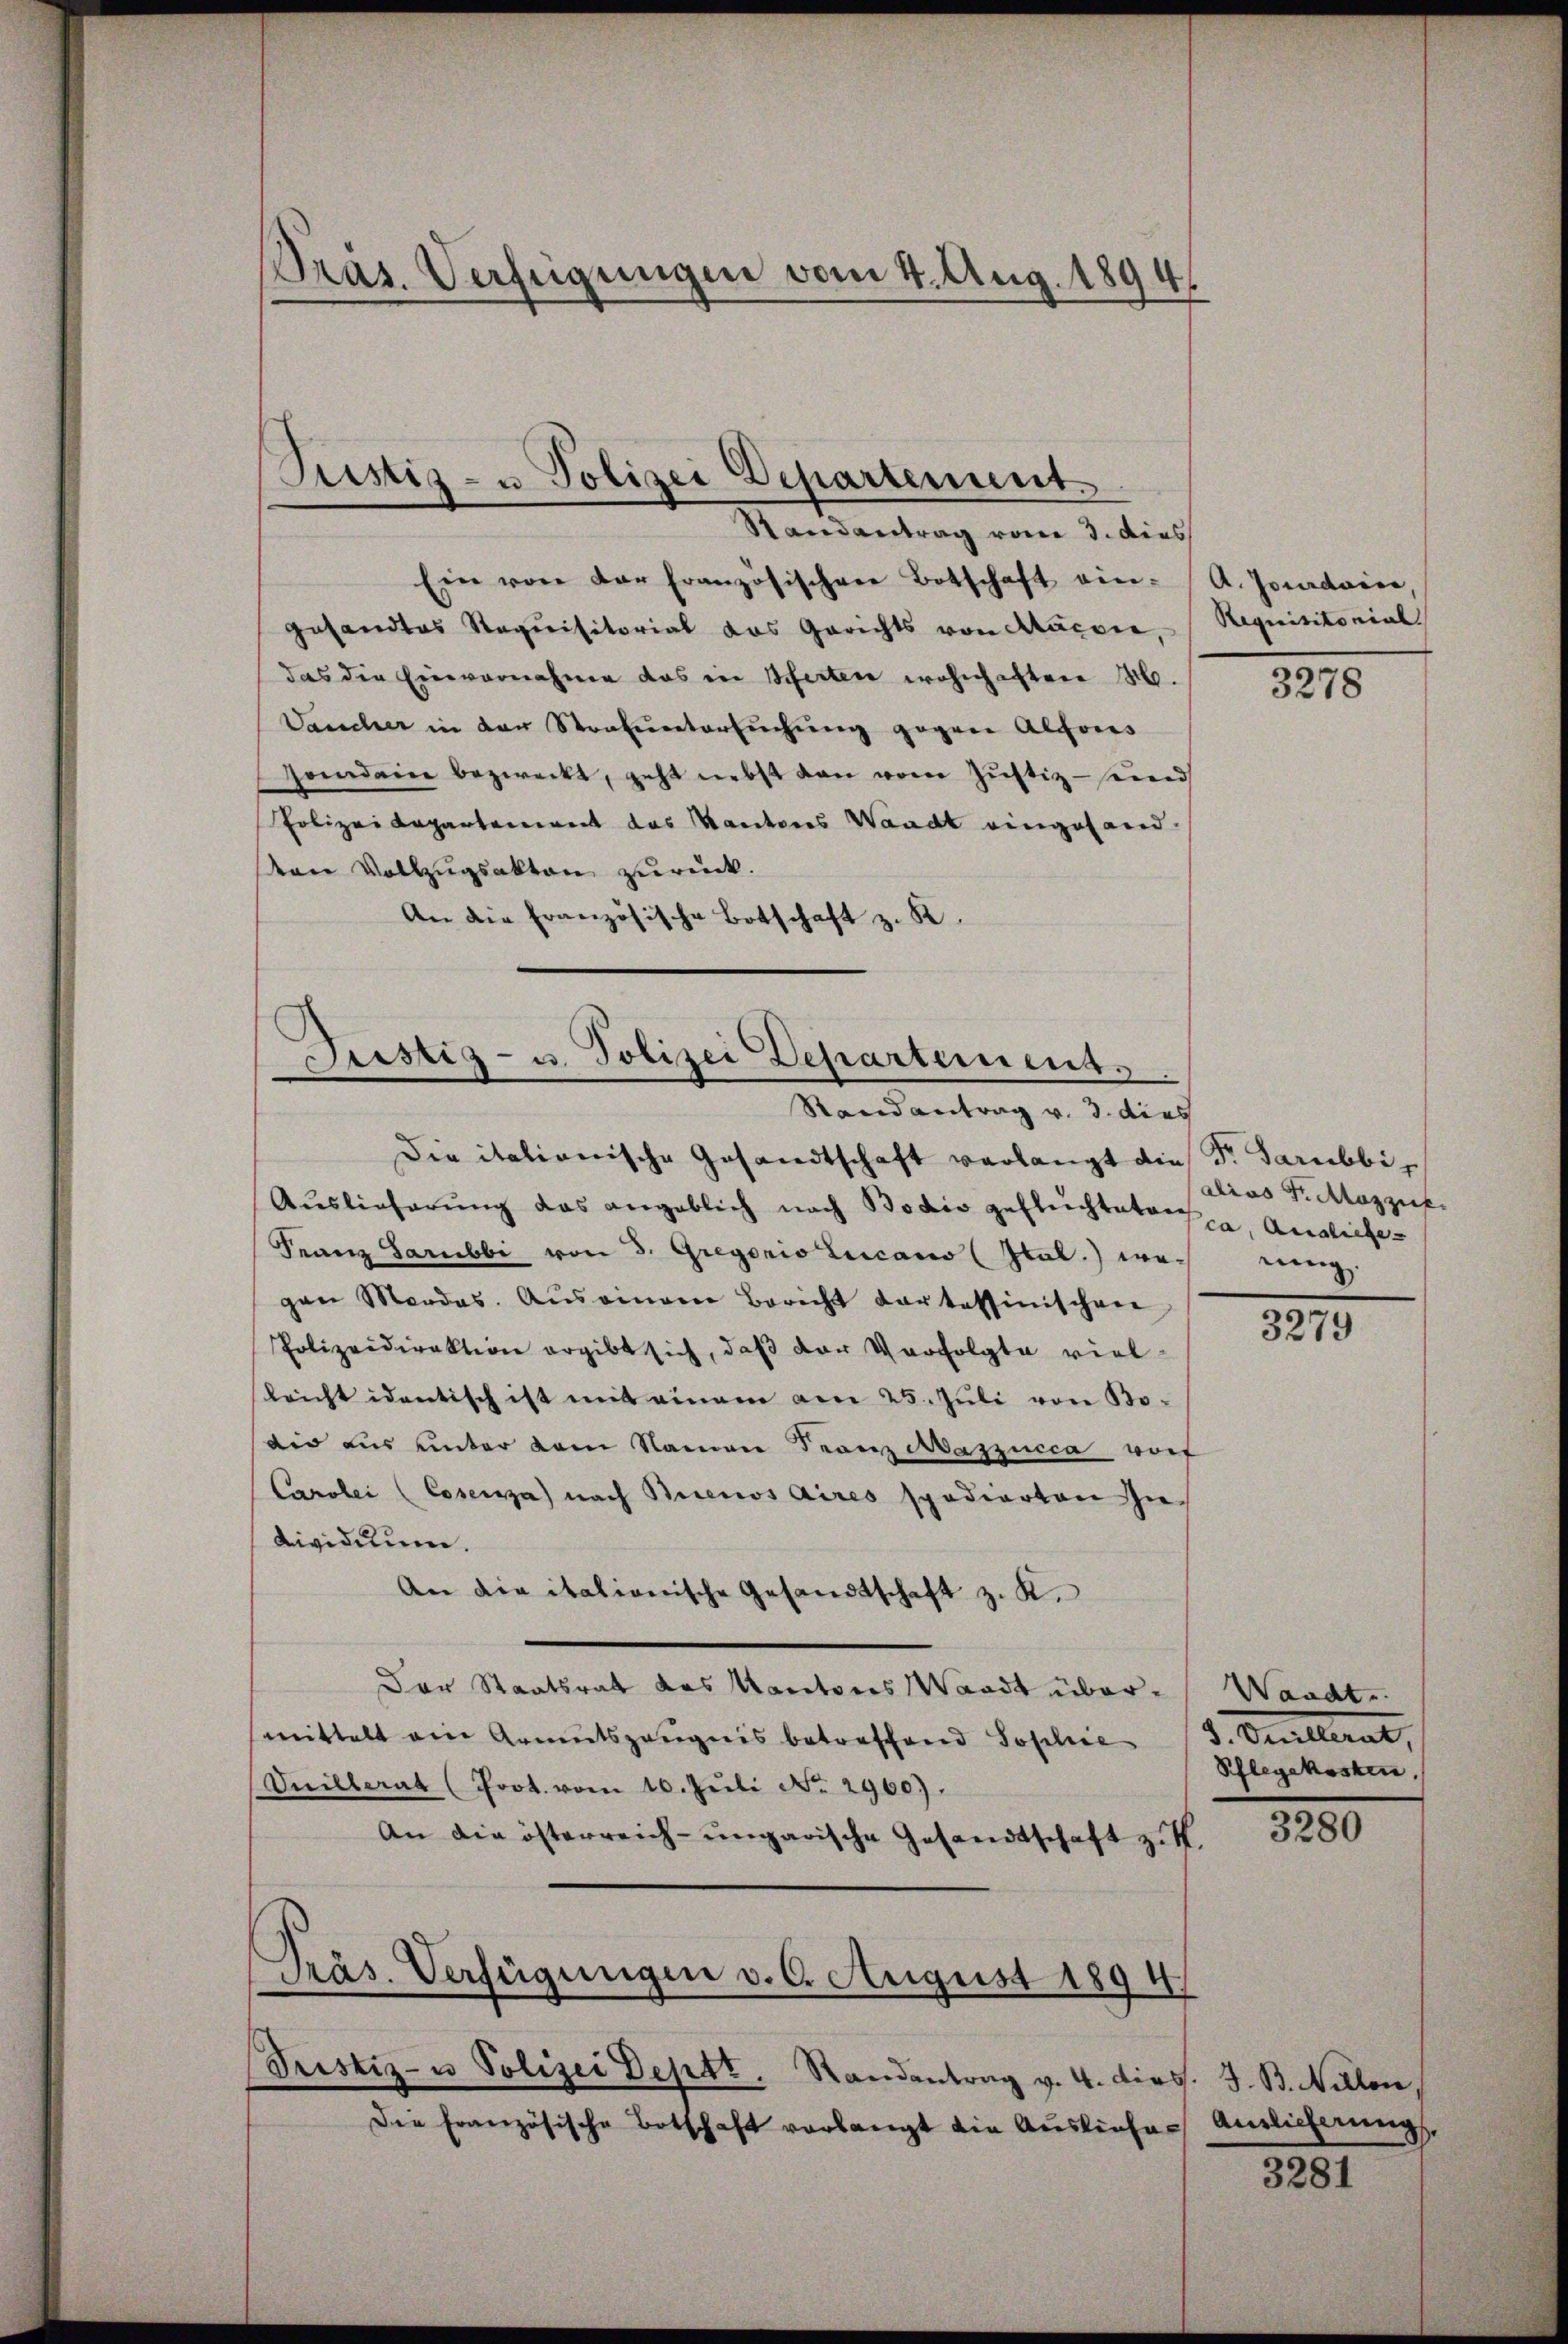
Pras. Verfügungen vom 4. Aug. 1894/

Justiz- u Polizei Departement.
Randantrag vom 3. dies

Ein von der französischen Botschaft ein-A. Jourdaier,
gesandtes Requisitorial das Gerichts von Macore, Requisitorial
das die Einvernahme das in Herten wohnhaften M.
Vancher in der Strafuntersuchung gegen Alfors
Gemden bezweckt, geht nebst von vom Justiz- und
Polizeidepartement des Kantons Waadt eingesand¬
Von Vollzugsakten zurück.
An die französische Botschaft z. B.

Justiz- u. Polizei Departement.
Randantrag v. 3. dies

Die italionische Gesandtschaft verlangt die Fr. Sarubbi¬
Auslieferŭng das angeblich nach Bodio geflüchtetere
Franz Sarubbi von 3. Gregoris Lucano (Sal) wegen Mordas. Auseinem Bericht dar tessinischen
Polizeidirektion ergibt sich, daß der Verfolgte viellricht identisch ist mit einem am 25. Juli von Bo-
die aus unter dem Namen Franz Aaszucca vorf
Caroli (Cosenza nach Buenos Aires spedierten hiedividuum.
An die italionische Gesandtschaft z. K.
Der Staatsrat des Kantons Waadt übermittelt ein Armutszeugnis betreffend Sophie
Veillerat (Prot. vom 16. Jŭli No. 2960).
An die österreich-ungarische Gesandtschaft zus
Präs. Verfügungen v. 6. August 1894.
Justiz- u Polizei Deptt. Randantrag v. 4. dies. J. B. Nellen.
Die Französische Botschaft vorlangt die Ausliefes

3278

alias Sr. Mazzief
ca, Ausliefe
rung

3279

Wandte
3. Cellerat,
Pflegekosten,

3280

Auslicherung,

3281